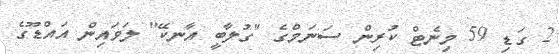
2 ގަޑި 59 މިނެޓް ކުރިން ސަނަމްގެ "ގުލާބީ އާނކޭ" ލަވައިން އައްޑޫގެ